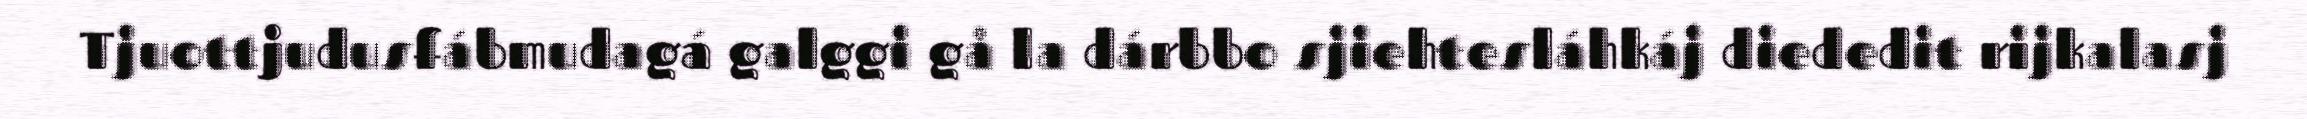
Tjuottjudusfábmudagá galggi gå la dárbbo sjiehtesláhkáj diededit rijkalasj